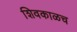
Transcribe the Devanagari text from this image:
शिवकाळच